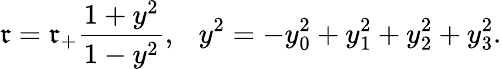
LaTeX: \mathfrak{r}=\mathfrak{r}_{+}\frac{{1+y^{2}}}{{1-y^{2}}},\ \ \ y^{2}=-y_{0}^{2}+y_{1}^{2}+y_{2}^{2}+y_{3}^{2}.